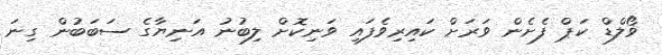
ޥޯލްޑް ކަޕް ފެށެން ވަރަށް ކައިރިވެފައި ވަނިކޮށް ލިބުނު އަނިޔާގެ ސަބަބުން ގިނަ